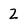
Character: 2